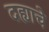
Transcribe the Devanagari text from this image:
दह्याचे